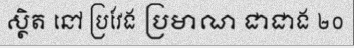
ស្ថិត នៅ ប្រវែង ប្រមាណ ជាជាង ២០